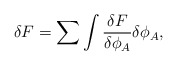
\begin{align*}\delta F=\sum\int{{\delta F} \over{\delta\phi_A}}\delta\phi_A,\end{align*}